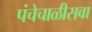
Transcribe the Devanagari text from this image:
पंचेचाळीसवा